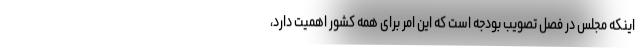
اینکه مجلس در فصل تصویب بودجه است که این امر برای همه کشور اهمیت دارد،